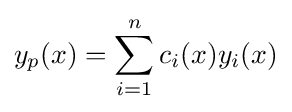
y_{p}(x)=\sum _{i=1}^{n}c_{i}(x)y_{i}(x)